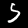
Label: 5